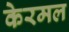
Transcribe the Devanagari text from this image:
केरमल